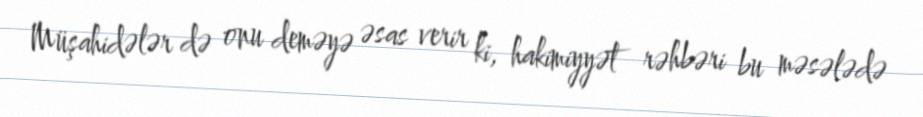
Müşahidələr də onu deməyə əsas verir ki, hakimiyyət rəhbəri bu məsələdə